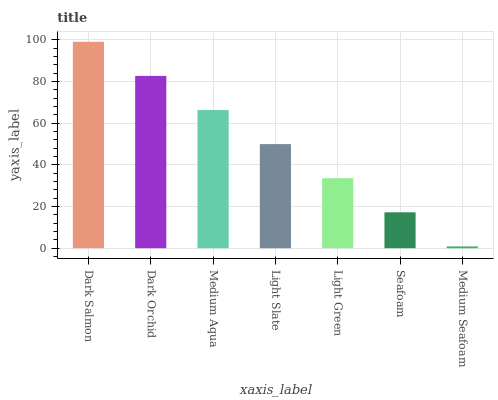
| xaxis_label | bars |
 | --- | --- |
 | Dark Salmon | 99 |
 | Dark Orchid | 82.6 |
 | Medium Aqua | 66.3 |
 | Light Slate | 49.9 |
 | Light Green | 33.6 |
 | Seafoam | 17.2 |
 | Medium Seafoam | 0.873 |